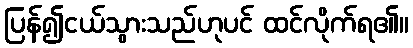
ပြန်၍ငယ်သွားသည်ဟုပင် ထင်လိုက်ရ၏။